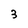
Character: 3